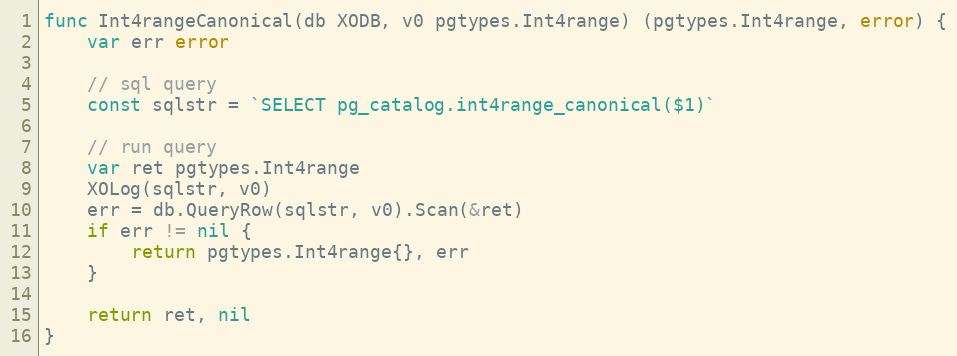
Language: Go
func Int4rangeCanonical(db XODB, v0 pgtypes.Int4range) (pgtypes.Int4range, error) {
	var err error

	// sql query
	const sqlstr = `SELECT pg_catalog.int4range_canonical($1)`

	// run query
	var ret pgtypes.Int4range
	XOLog(sqlstr, v0)
	err = db.QueryRow(sqlstr, v0).Scan(&ret)
	if err != nil {
		return pgtypes.Int4range{}, err
	}

	return ret, nil
}